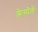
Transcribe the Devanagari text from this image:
क्रेस्पेले